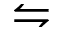
\leftrightharpoons